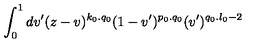
\int _ { 0 } ^ { 1 } d v ^ { \prime } ( z - v ) ^ { k _ { 0 } . q _ { 0 } } ( 1 - v ^ { \prime } ) ^ { p _ { 0 } . q _ { 0 } } ( v ^ { \prime } ) ^ { q _ { 0 } . l _ { 0 } - 2 }